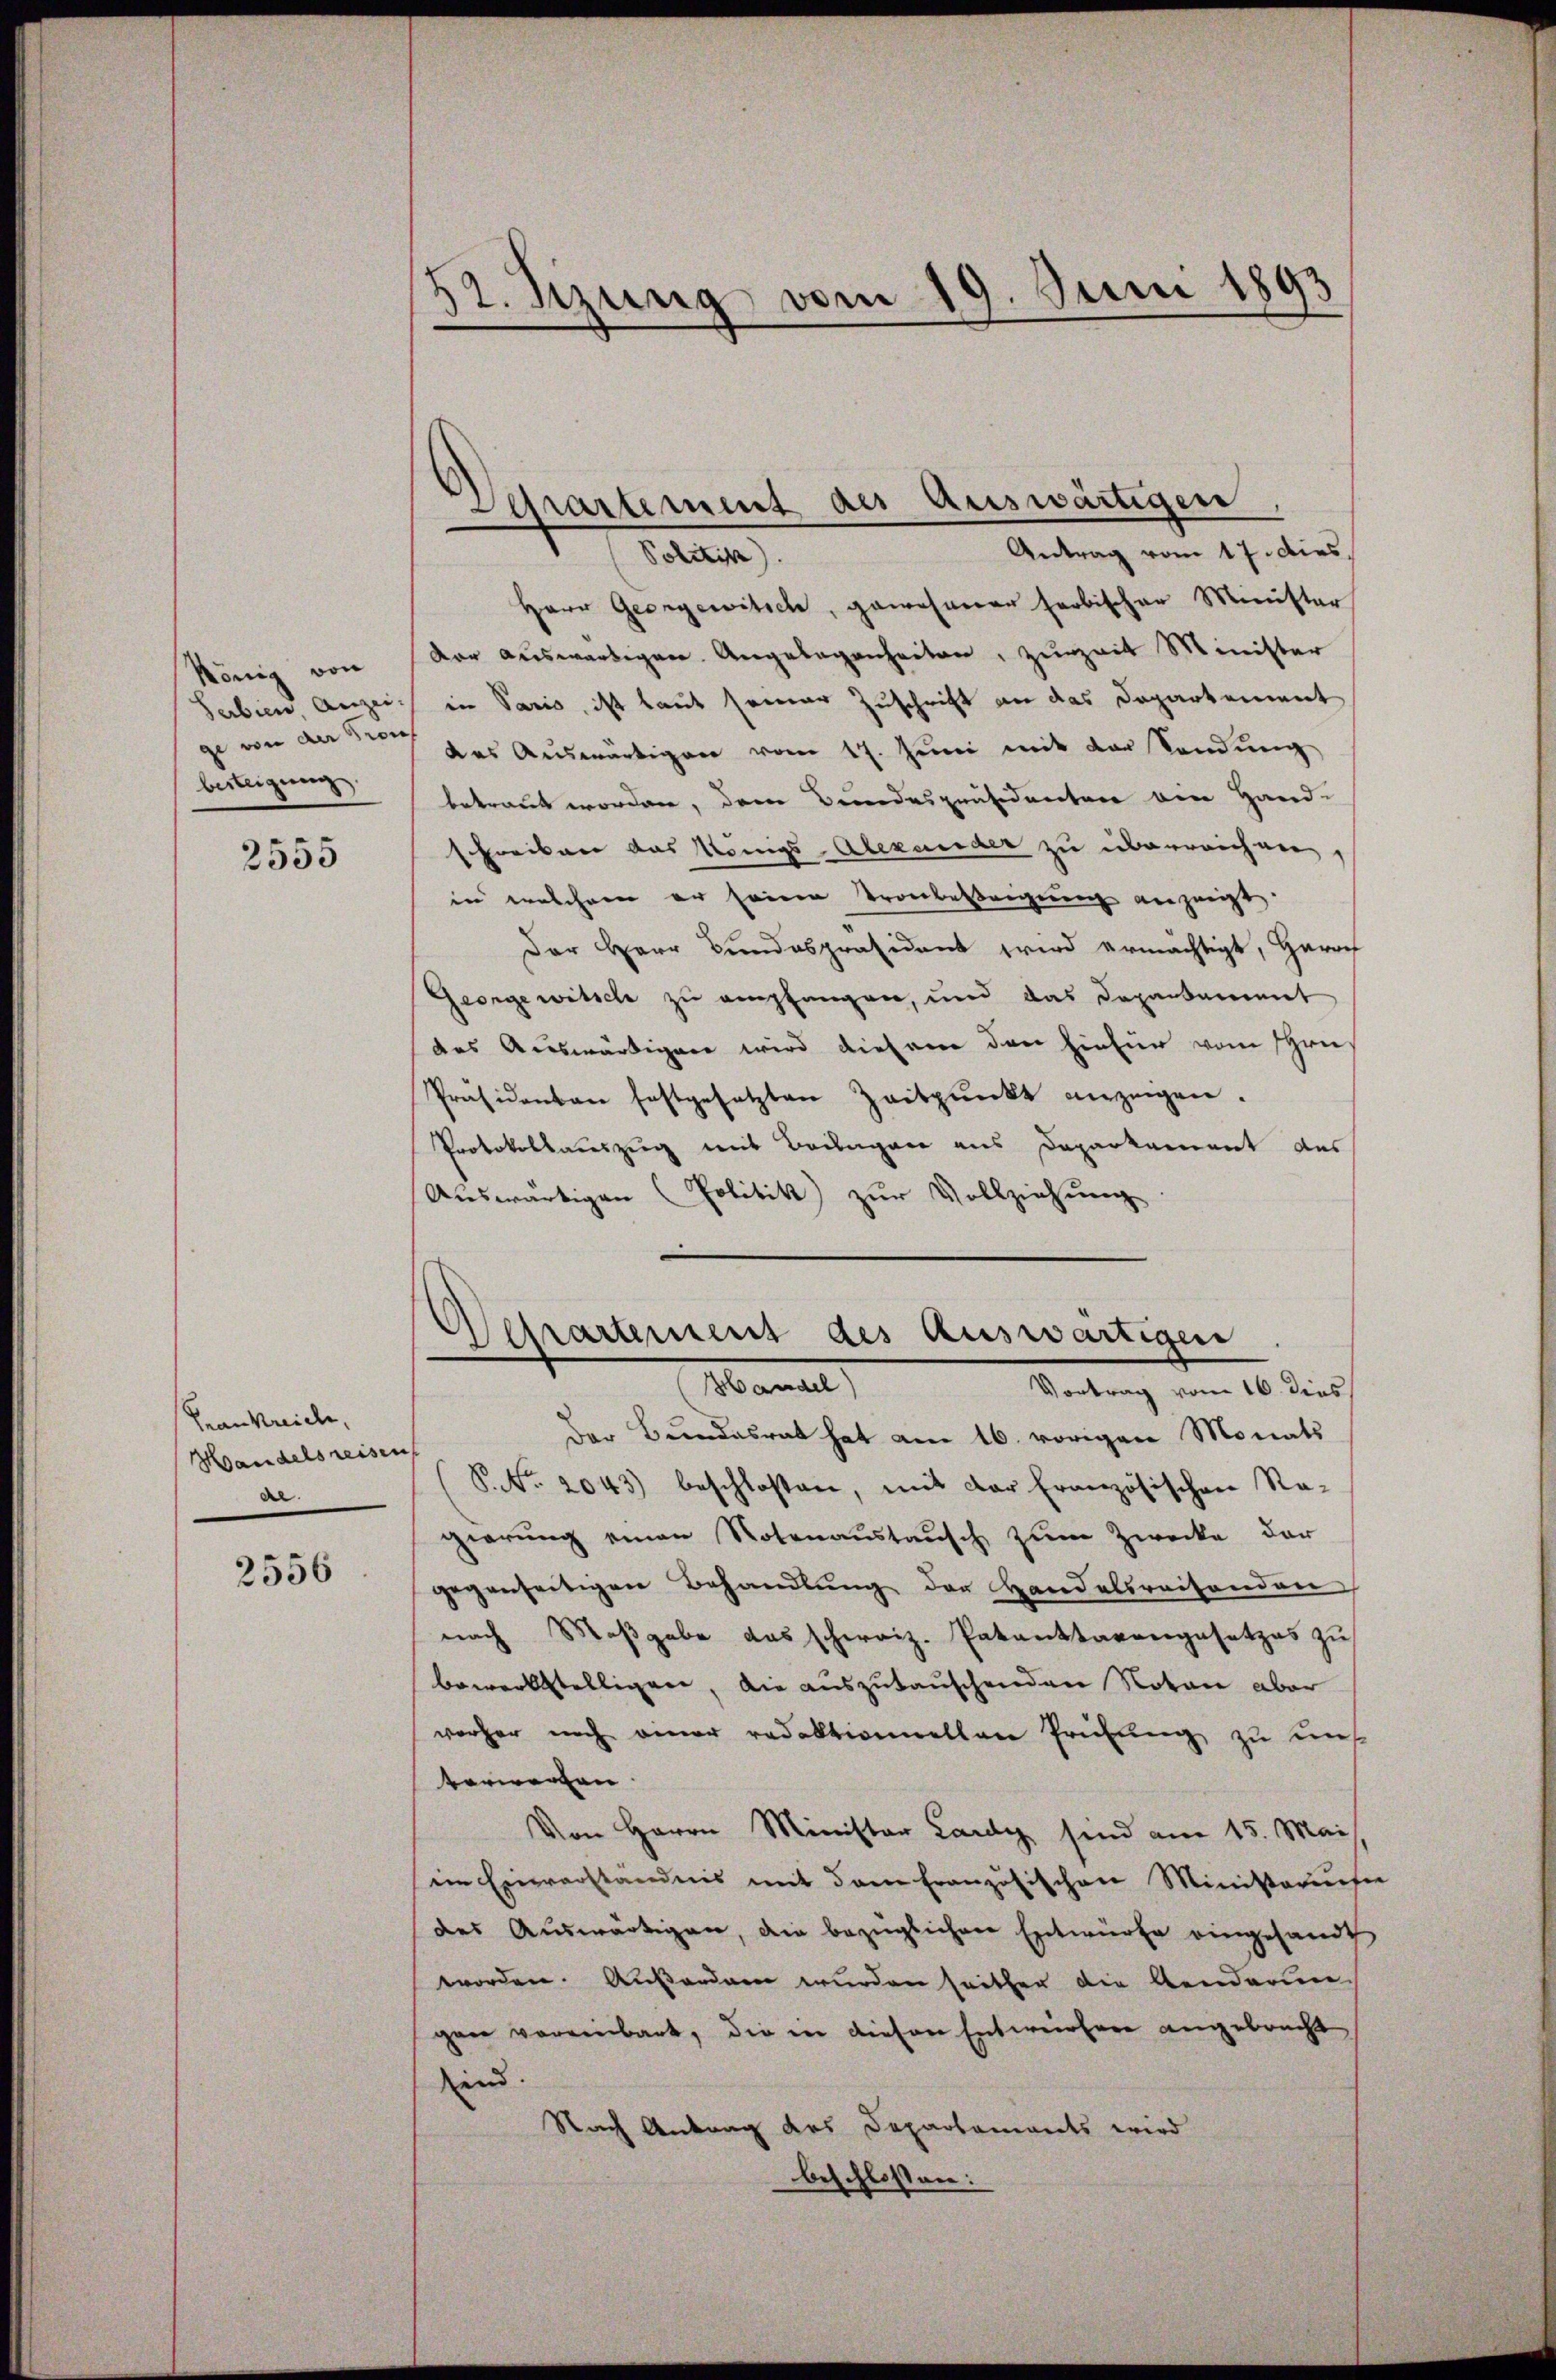
König von
Serbien Anzeize von an Kraf
besteigung

2555

Frankreich,
Handelsreisen
del

2556

.
12. Sizung vom 19. Juni 1893

Departement des Auswärtigen
Antrag vom 17. dies
(Getre

Herr Georgewitsch, gewesener farbischer Minister
dar auswärtigen. Angelegenheiten, zurzeit Minister
in Paris, ist laut seiner Zuschrift an das Departement
des Auswärtigen vom 17. Juni mit der Sandŭng
betraut worden, dem Bundespräsidenten von Hand-
Freiben das Königs-Alexander zu überreichnen
in welchem er seinen Tronbesteigung anzeigt
Der Herr Bundespräsident wird ermächtigt, Haroch
Georgewitsche zu empfangen, und das Departament
das Auswärtigen wird diesem den hiefür vom Ehre,
Präsidenten festgesetzten Zeitpunkt anzeigen.
Protokollauszug mit Beilagen aus Deparkament des
Auswärtigen (Politik zur Vollziehung

Aerartement des auswärtigen
Handel)
Vortrag vom 16. dies,

Der Bundesrat hat am 16. vorigere Monats
(S. Nr. 2043) beschlossen, mit der Französischen Ra-
gierung einen Notenaustausch zum Zwecke der
gegenseitigen Behandlung der Handelsreisenden
nach Maßgabe das schweiz. Patanttarengesetzes zu
bewerkstelligen, die auszutauschenden Notar aber
vorher noch einer redaktionnellen Prüfung zu uns
vorworfen. |
Von Herrn Minister Lardy sind am 15. Mai
im Einverständnis mit dem Französischen Ministerisie
des Auswärtigen, die bezüglichen Entwürfe eingesandt
worden. Außerden wurden seither die Aenderen
gen voreinbart, die in diesen Entwerfen angebracht
sind.
Nach Antrag des Departaments wird
beschlossen: